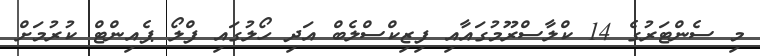
މި ސެންޓަރުގެ 14 ކްލާސްރޫމުގައާއި ފިޒިކްސްލެބް އަދި ހޯލުގައި ފްލޯ ޕެއިންޓް ކުރުމަށް